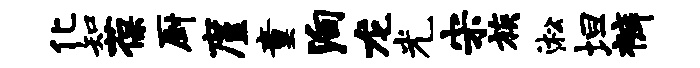
化知葆厨廑童殉龙光宋族淞坦裤